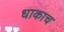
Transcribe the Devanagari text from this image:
धाकाच